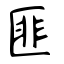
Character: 匪